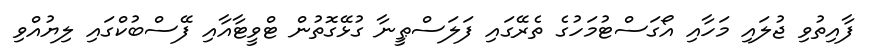
ފާއިތުވި ޖުލައި މަހާއި އޯގަސްޓުމަހުގެ ތެރޭގައި ފަލަސްޠީނާ ގުޅޭގޮތުން ޓްވީޓާއާއި ފޭސްބުކްގައި ލިޔުއްވި